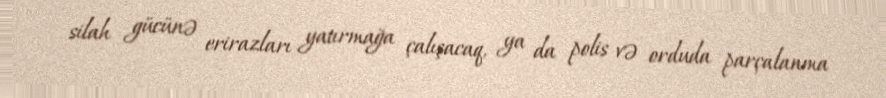
silah gücünə erirazları yatırmağa çalışacaq, ya da polis və orduda parçalanma